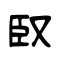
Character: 臤